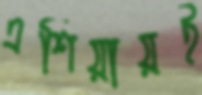
এশিয়ায়ই